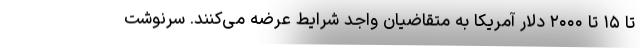
تا ۱۵ تا ۲۰۰۰ دلار آمریکا به متقاضیان واجد شرایط عرضه می‌کنند. سرنوشت